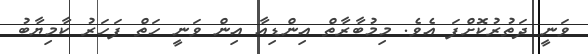
ވަނީ ދަތުރުކޮށްފަ އެވެ. މިމުބާރާތް އިންޑިއާ އިން ވަނީ ހަތް ފަހަރު ކާމިޔާބު